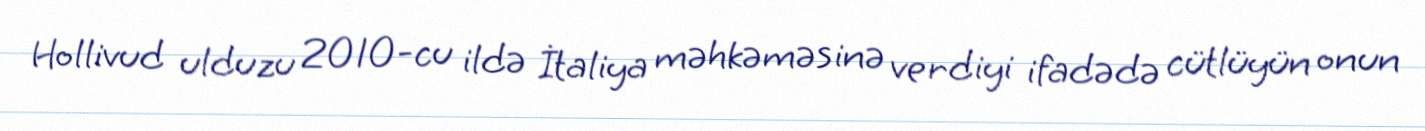
Hollivud ulduzu 2010-cu ildə İtaliya məhkəməsinə verdiyi ifadədə cütlüyün onun